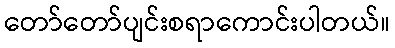
တော်တော်ပျင်းစရာကောင်းပါတယ်။